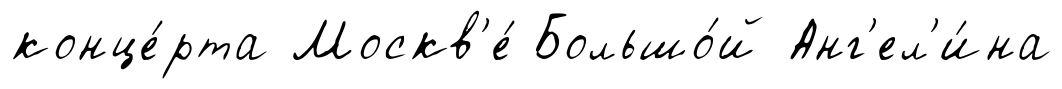
конце́рта Москв'е́ Большо́й Анг'ел'и́на